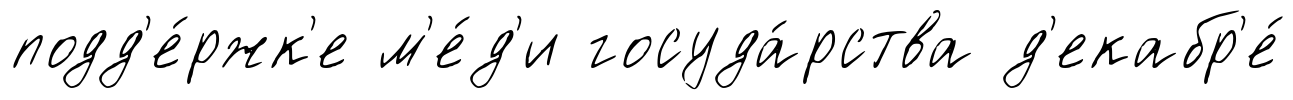
подд'е́ржк'е м'е́д'и госуда́рства д'екабр'е́